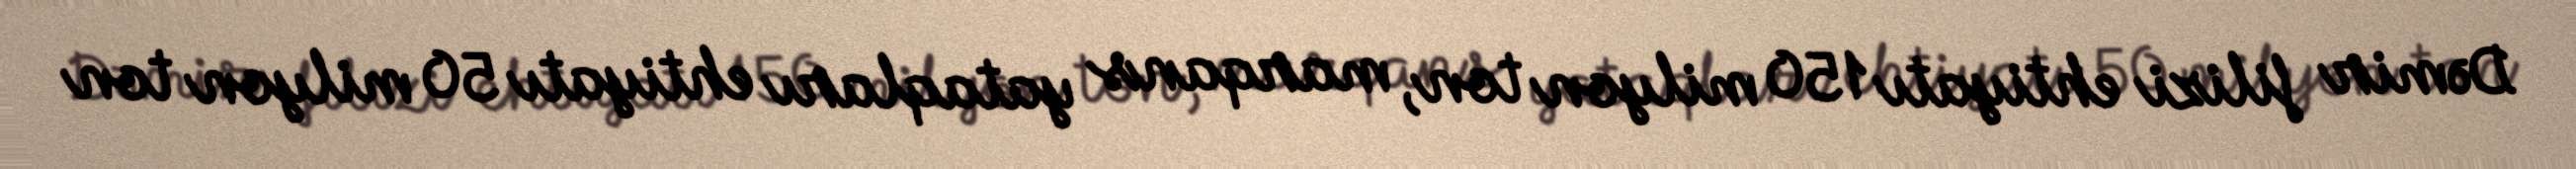
Dəmir filizi ehtiyatı 150 milyon ton, marqans yataqları ehtiyatı 50 milyon ton